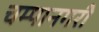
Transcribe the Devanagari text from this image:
चम्पानगरी